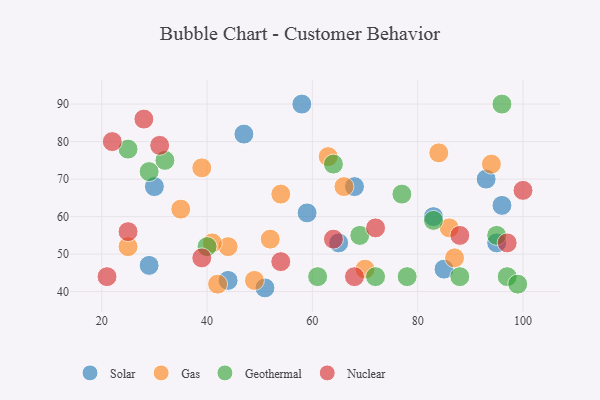
{"axis": {"x": "GDP", "y": "Life Expectancy"}, "legend": ["Gas", "Geothermal", "Nuclear", "Solar"], "data": [{"x": "68", "y": 68, "type": "Solar"}, {"x": "95", "y": 53, "type": "Solar"}, {"x": "85", "y": 46, "type": "Solar"}, {"x": "59", "y": 61, "type": "Solar"}, {"x": "65", "y": 53, "type": "Solar"}, {"x": "58", "y": 90, "type": "Solar"}, {"x": "51", "y": 41, "type": "Solar"}, {"x": "83", "y": 60, "type": "Solar"}, {"x": "47", "y": 82, "type": "Solar"}, {"x": "93", "y": 70, "type": "Solar"}, {"x": "29", "y": 47, "type": "Solar"}, {"x": "30", "y": 68, "type": "Solar"}, {"x": "96", "y": 63, "type": "Solar"}, {"x": "44", "y": 43, "type": "Solar"}, {"x": "25", "y": 52, "type": "Gas"}, {"x": "54", "y": 66, "type": "Gas"}, {"x": "39", "y": 73, "type": "Gas"}, {"x": "52", "y": 54, "type": "Gas"}, {"x": "42", "y": 42, "type": "Gas"}, {"x": "86", "y": 57, "type": "Gas"}, {"x": "44", "y": 52, "type": "Gas"}, {"x": "63", "y": 76, "type": "Gas"}, {"x": "41", "y": 53, "type": "Gas"}, {"x": "84", "y": 77, "type": "Gas"}, {"x": "87", "y": 49, "type": "Gas"}, {"x": "49", "y": 43, "type": "Gas"}, {"x": "94", "y": 74, "type": "Gas"}, {"x": "66", "y": 68, "type": "Gas"}, {"x": "35", "y": 62, "type": "Gas"}, {"x": "70", "y": 46, "type": "Gas"}, {"x": "88", "y": 44, "type": "Geothermal"}, {"x": "78", "y": 44, "type": "Geothermal"}, {"x": "97", "y": 44, "type": "Geothermal"}, {"x": "40", "y": 52, "type": "Geothermal"}, {"x": "83", "y": 59, "type": "Geothermal"}, {"x": "69", "y": 55, "type": "Geothermal"}, {"x": "32", "y": 75, "type": "Geothermal"}, {"x": "99", "y": 42, "type": "Geothermal"}, {"x": "25", "y": 78, "type": "Geothermal"}, {"x": "77", "y": 66, "type": "Geothermal"}, {"x": "29", "y": 72, "type": "Geothermal"}, {"x": "95", "y": 55, "type": "Geothermal"}, {"x": "72", "y": 44, "type": "Geothermal"}, {"x": "96", "y": 90, "type": "Geothermal"}, {"x": "61", "y": 44, "type": "Geothermal"}, {"x": "64", "y": 74, "type": "Geothermal"}, {"x": "28", "y": 86, "type": "Nuclear"}, {"x": "97", "y": 53, "type": "Nuclear"}, {"x": "54", "y": 48, "type": "Nuclear"}, {"x": "39", "y": 49, "type": "Nuclear"}, {"x": "22", "y": 80, "type": "Nuclear"}, {"x": "31", "y": 79, "type": "Nuclear"}, {"x": "100", "y": 67, "type": "Nuclear"}, {"x": "64", "y": 54, "type": "Nuclear"}, {"x": "88", "y": 55, "type": "Nuclear"}, {"x": "21", "y": 44, "type": "Nuclear"}, {"x": "68", "y": 44, "type": "Nuclear"}, {"x": "72", "y": 57, "type": "Nuclear"}, {"x": "25", "y": 56, "type": "Nuclear"}]}